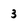
Character: 3